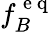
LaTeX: f_{B}^{\mathrm{~e~q~}}